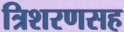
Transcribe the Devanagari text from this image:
त्रिशरणसह